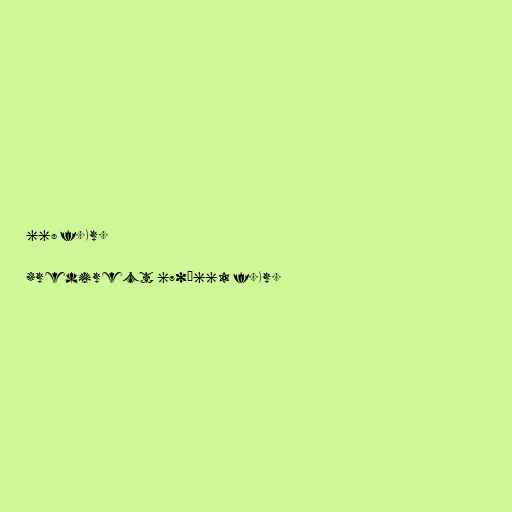
668 f.Kr.

#redirect 670–661 f.Kr.